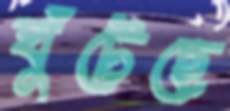
ঘুঁটেছে